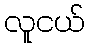
လူငယ်